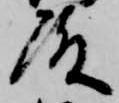
殿